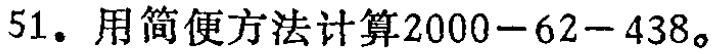
51. 用简便方法计算$2000 - 62 - 438$。